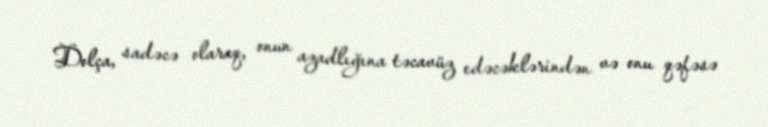
Dolça, sadəcə olaraq, onun azadlığına təcavüz edəcəklərindən və onu qəfəsə